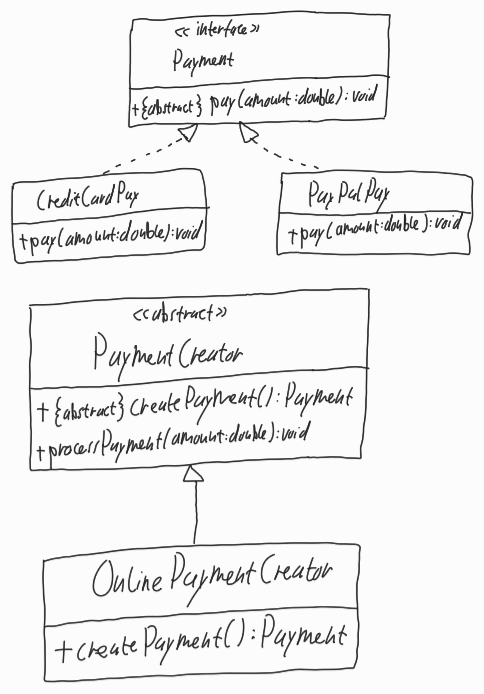
Diagram type: class_diagram
```plantuml
@startuml

interface Payment {
  + {abstract} pay(amount: double): void
}

class CreditCardPay implements Payment {
  + pay(amount: double): void
}

class PayPalPay implements Payment {
  + pay(amount: double): void
}

abstract PaymentCreator {
  + {abstract} createPayment(): Payment
  + processPayment(amount:double): void
}

class OnlinePaymentCreator extends PaymentCreator {
  + createPayment(): Payment
}

@enduml
```